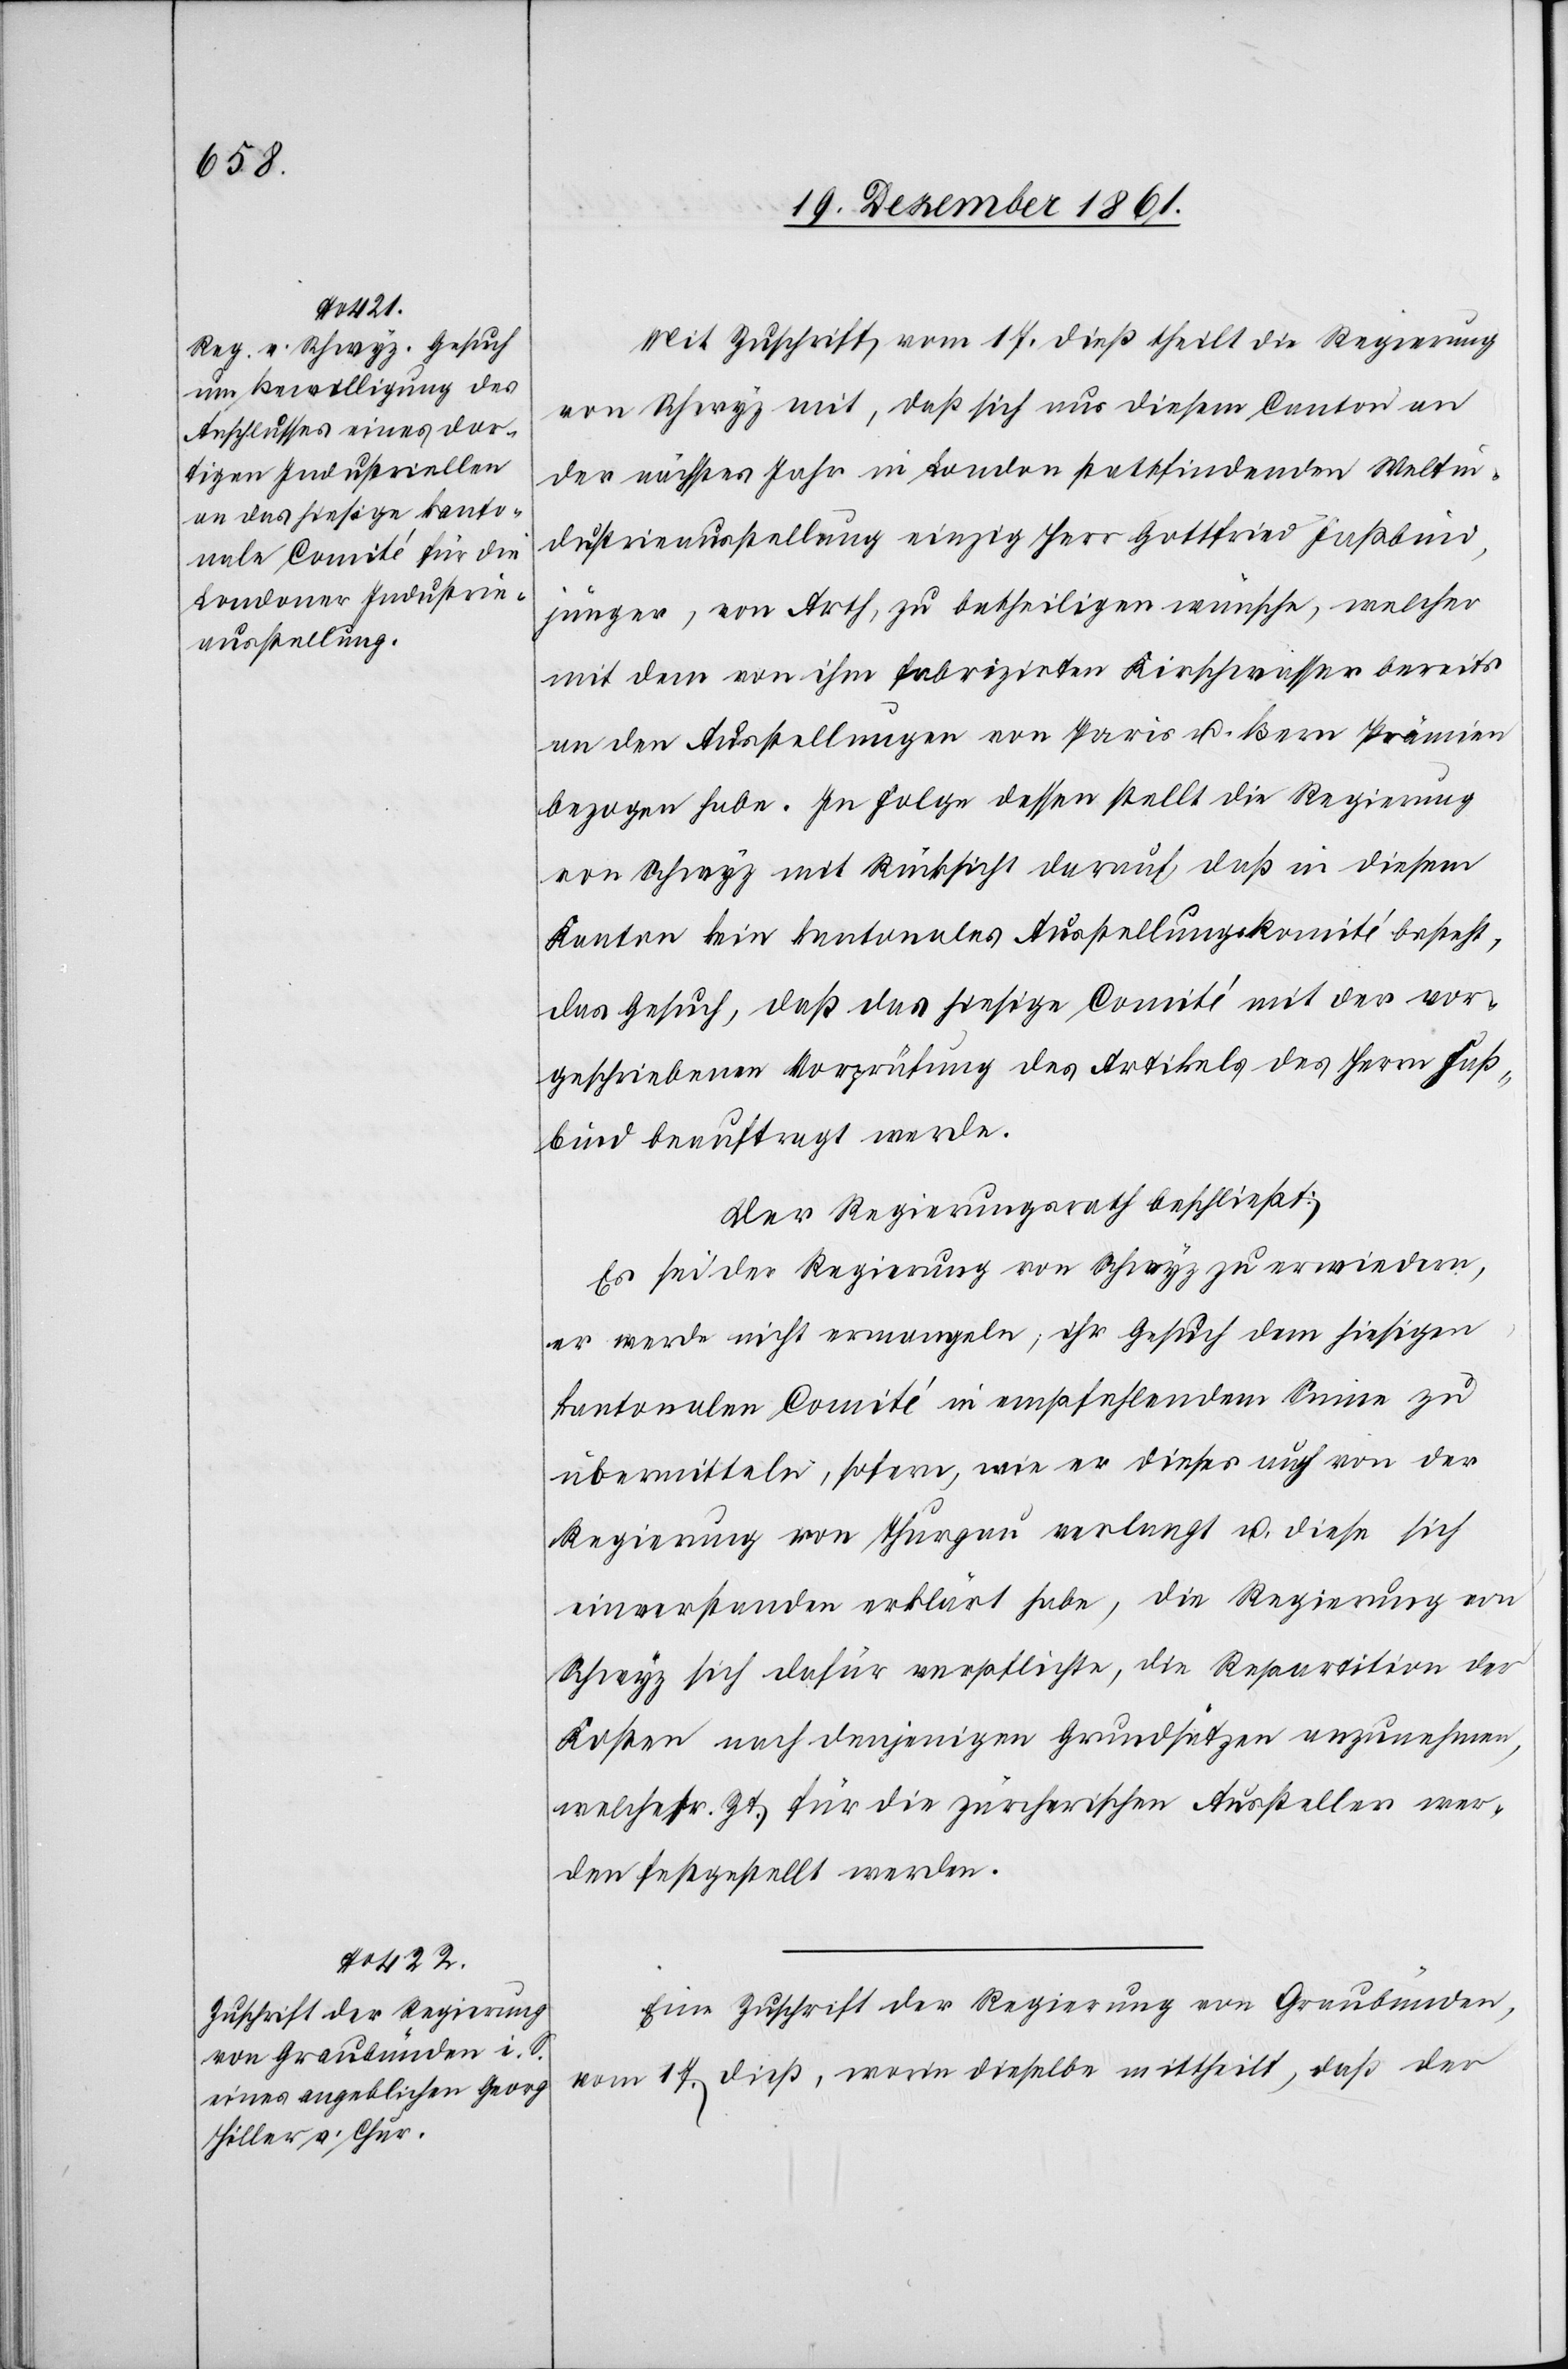
Mit Zuschrift vom 17 dieß theilt die Regierung
von Schwyz mit, daß sich aus diesem Canton an
der nächstes Jahr in London stattfindenden Weltin¬
dustrieausstellung einzig Herr Gottfried Faßbind,
jünger, von Arth, zu betheiligen wünsche, welcher
mit dem von ihm fabrizirten Kirschwasser bereits
an den Ausstellungen von Paris u. Bern Prämien
bezogen habe. In Folge dessen stellt die Regierung
von Schwyz mit Rücksicht darauf, daß in diesem
Kanton kein kantonales Ausstellungskomité besteht,
das Gesuch, daß das hiesige Comité mit der vor¬
geschriebenen Vorprüfung des Artikels des Herrn Faß¬
bind beauftragt werde.
Der Regierungsrath beschließt:
Es sei der Regierung von Schwyz zu erwiedern,
er werde nicht ermangeln, ihr Gesuch dem hiesigen
kantonalen Comité in empfehlendem Sinne zu
übermitteln, sofern, wie er dieses auch von der
Regierung von Thurgau verlangt u. diese sich
einverstanden erklärt habe, die Regierung von
Schwyz sich dafür verpflichte, die Repartition der
Kosten nach denjenigen Grundsätzen anzunehmen,
welcher sr. Zt. für die zürcherischen Aussteller wer¬
den festgestellt werden.
Eine Zuschrift der Regierung von Graubünden,
vom 17 dieß, worin dieselbe mittheilt, daß der